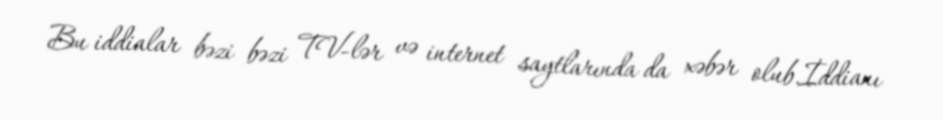
Bu iddialar bəzi bəzi TV-lər və internet saytlarında da xəbər olub.İddianı